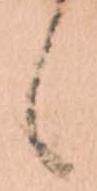
候